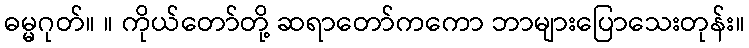
ဓမ္မဂုတ်။ ။ ကိုယ်တော်တို့ ဆရာတော်ကကော ဘာများပြောသေးတုန်း။